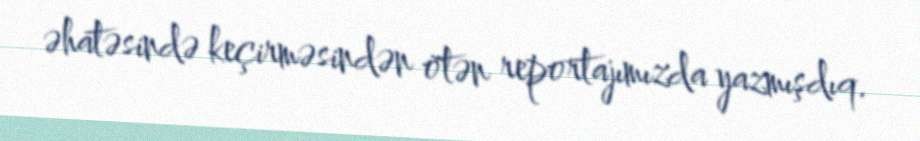
əhatəsində keçirməsindən ötən reportajımızda yazmışdıq.